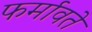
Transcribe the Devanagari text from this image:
फर्मावते